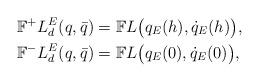
LaTeX: \begin{align*}\mathbb{F}^+L^E_d(q,\bar q) &= \mathbb{F}L\big(q_E(h),\dot q_E(h) \big), \\\mathbb{F}^-L^E_d(q,\bar q) &= \mathbb{F}L\big(q_E(0),\dot q_E(0) \big),\end{align*}